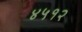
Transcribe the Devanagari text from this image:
४५१२